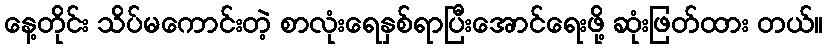
နေ့တိုင်း သိပ်မကောင်းတဲ့ စာလုံးရေနှစ်ရာပြီးအောင်ရေးဖို့ ဆုံးဖြတ်ထား တယ်။